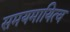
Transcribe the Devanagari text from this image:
समयमायित्व